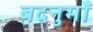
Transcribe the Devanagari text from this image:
बदनुमाँ